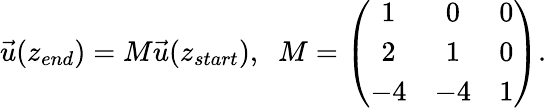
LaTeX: \vec{u}(z_{end})=M\vec{u}(z_{start}),\; \; M=\left(\begin{array}{ccc}{{1}}&{{0}}&{{0}}\\ {{2}}&{{1}}&{{0}}\\ {{-4}}&{{-4}}&{{1}}\end{array}\right).